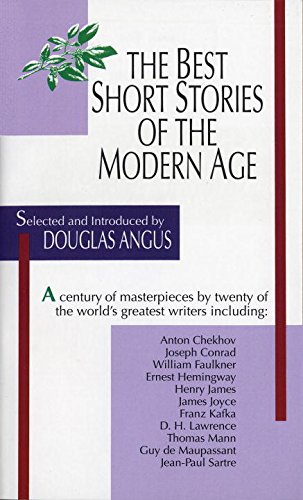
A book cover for Best Short Stories of the Modern Age; Douglas Angus; Teen & Young Adult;